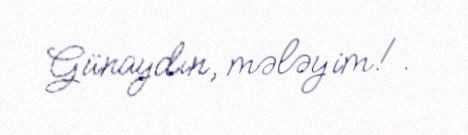
Günaydın, mələyim!.